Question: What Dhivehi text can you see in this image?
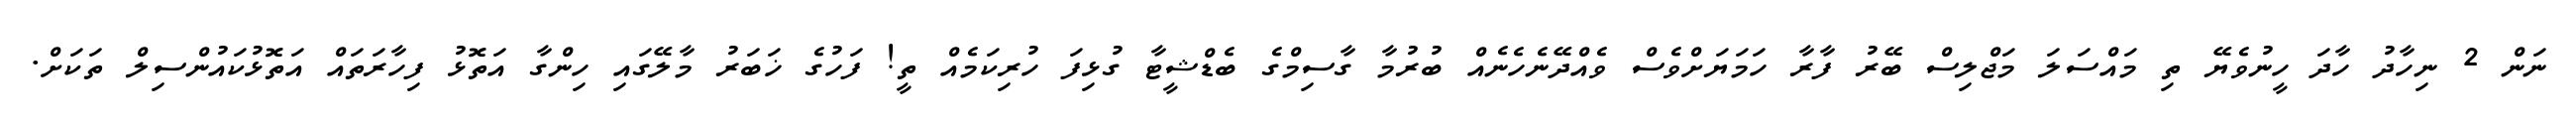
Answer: ނަން 2 ނިހާދު ހާދަ ހީނުވެޔޭ ތި މައްސަލަ މަޖްލިސް ބޭރު ފާރާ ހަމަޔަށްވެސް ވެއްދޭނެހެނެއް ބުރުމާ ގާސިމްގެ ބެޑްޝީޓާ ގުޅިފަ ހުރިކަމެއް ތީ! ފަހުގެ ޚަބަރު މާލޭގައި ހިންގާ އަތޮޅު ފިހާރަތައް އަތޮޅުކައުންސިލް ތަކަށް.